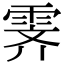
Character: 霁